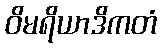
ဝိမရိယာဒိကတံ